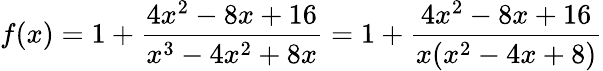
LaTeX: f(x)=1+{\frac{4x^{2}-8x+16}{x^{3}-4x^{2}+8x}}=1+{\frac{4x^{2}-8x+16}{x(x^{2}-4x+8)}}